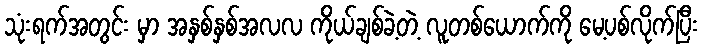
သုံးရက်အတွင်း မှာ အနှစ်နှစ်အလလ ကိုယ်ချစ်ခဲ့တဲ့ လူတစ်ယောက်ကို မေ့ပစ်လိုက်ပြီး